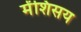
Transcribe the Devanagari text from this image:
मेंशिसय